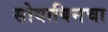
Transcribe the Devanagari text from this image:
सोयाबिनचा